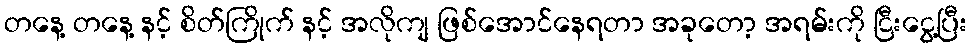
တနေ့ တနေ့ နင့် စိတ်ကြိုက် နင့် အလိုကျ ဖြစ်အောင်နေရတာ အခုတော့ အရမ်းကို ငြီးငွေ့ပြီး